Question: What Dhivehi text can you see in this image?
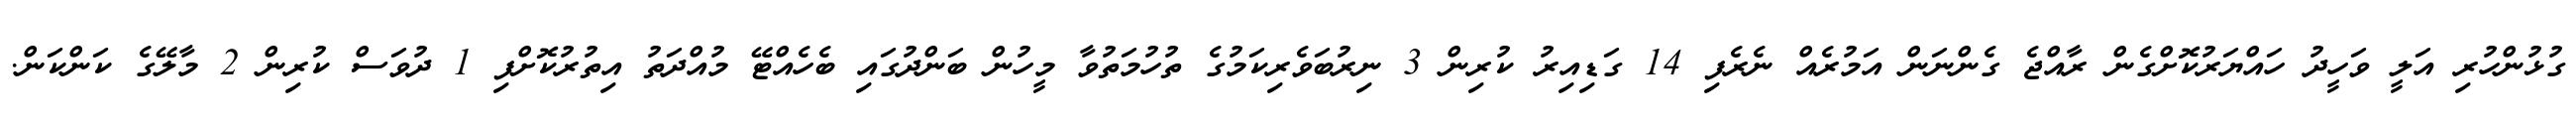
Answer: ގުޅުންހުރި އަލީ ވަހީދު ހައްޔަރުކޮށްގެން ރާއްޖެ ގެންނަން އަމުރެއް ނެރެފި 14 ގަޑިއިރު ކުރިން 3 ނިރުބަވެރިކަމުގެ ތުހުމަތުވާ މީހުން ބަންދުގައި ބެހެއްޓޭ މުއްދަތު އިތުރުކޮށްފި 1 ދުވަސް ކުރިން 2 މާލޭގެ ކަންކަން.